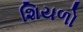
શિયળો